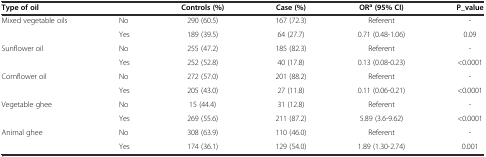
| Type of oil |  | Controls (%) | Case (%) | ORa (95% CI) | P_value |
 | --- | --- | --- | --- | --- | --- |
 | <ROWSPAN=2> Mixed vegetable oils | No | 290 (60.5) | 167 (72.3) | Referent | - |
 | Yes | 189 (39.5) | 64 (27.7) | 0.71 (0.48-1.06) | 0.09 |
 | <ROWSPAN=2> Sunflower oil | No | 255 (47.2) | 185 (82.3) | Referent | - |
 | Yes | 252 (52.8) | 40 (17.8) | 0.13 (0.08-0.23) | <0.0001 |
 | <ROWSPAN=2> Cornflower oil | No | 272 (57.0) | 201 (88.2) | Referent | - |
 | Yes | 205 (43.0) | 27 (11.8) | 0.11 (0.06-0.21) | <0.0001 |
 | <ROWSPAN=2> Vegetable ghee | No | 15 (44.4) | 31 (12.8) | Referent | - |
 | Yes | 269 (55.6) | 211 (87.2) | 5.89 (3.6-9.62) | <0.0001 |
 | <ROWSPAN=2> Animal ghee | No | 308 (63.9) | 110 (46.0) | Referent | - |
 | Yes | 174 (36.1) | 129 (54.0) | 1.89 (1.30-2.74) | 0.001 |